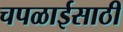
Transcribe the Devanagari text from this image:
चपळाईसाठी